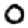
Digit: 0